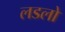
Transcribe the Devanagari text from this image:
लडलो